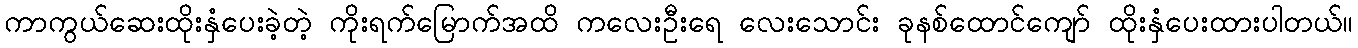
ကာကွယ်ဆေးထိုးနှံပေးခဲ့တဲ့ ကိုးရက်မြောက်အထိ ကလေးဦးရေ လေးသောင်း ခုနစ်ထောင်ကျော် ထိုးနှံပေးထားပါတယ်။